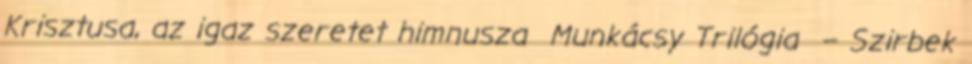
Krisztusa, az igaz szeretet himnusza Munkácsy Trilógia – Szirbek